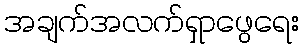
အချက်အလက်ရှာဖွေရေး